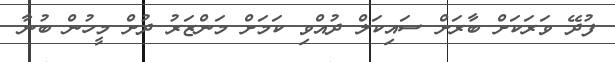
ފުދޭ ވަރަކަށް ބާރަށް ސައިކަލް ދުއްވި ކަމަށް މަންޒަރު ދުށް މީހުން ބުނާ